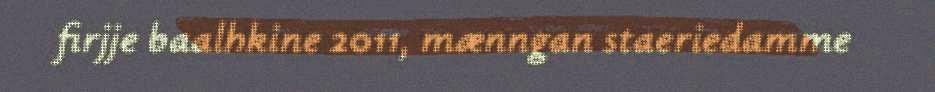
firjje baalhkine 2011, mænngan staeriedamme